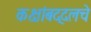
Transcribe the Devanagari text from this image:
कक्षांबद्दलचे